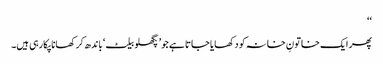
‘‘
پھر ایک خاتونِ خانہ کو دکھایا جاتا ہے جو’ پگھلو بیلٹ‘ باندھ کر کھانا پکارہی ہیں۔